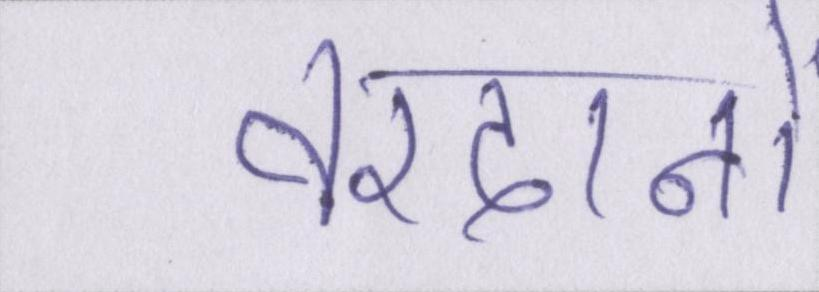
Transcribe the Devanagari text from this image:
वरदानों